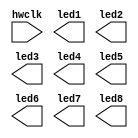
// This program was cloned from: https://github.com/nesl/ice40_examples
// License: GNU General Public License v3.0

// Blink an LED provided an input clock
/* module */
module top (hwclk, led1, led2, led3, led4, led5, led6, led7, led8 );
    /* I/O */
    input hwclk;
    output led1;
    output led2;
    output led3;
    output led4;
    output led5;
    output led6;
    output led7;
    output led8;

endmodule